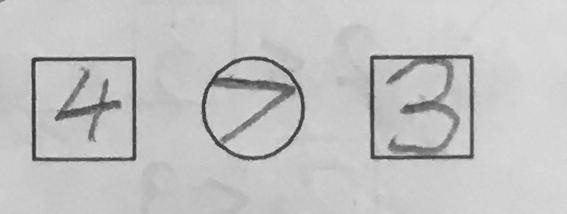
\boxed { 4 } \textcircled { > } \boxed { 3 }